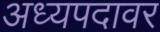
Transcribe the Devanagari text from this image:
अध्यपदावर